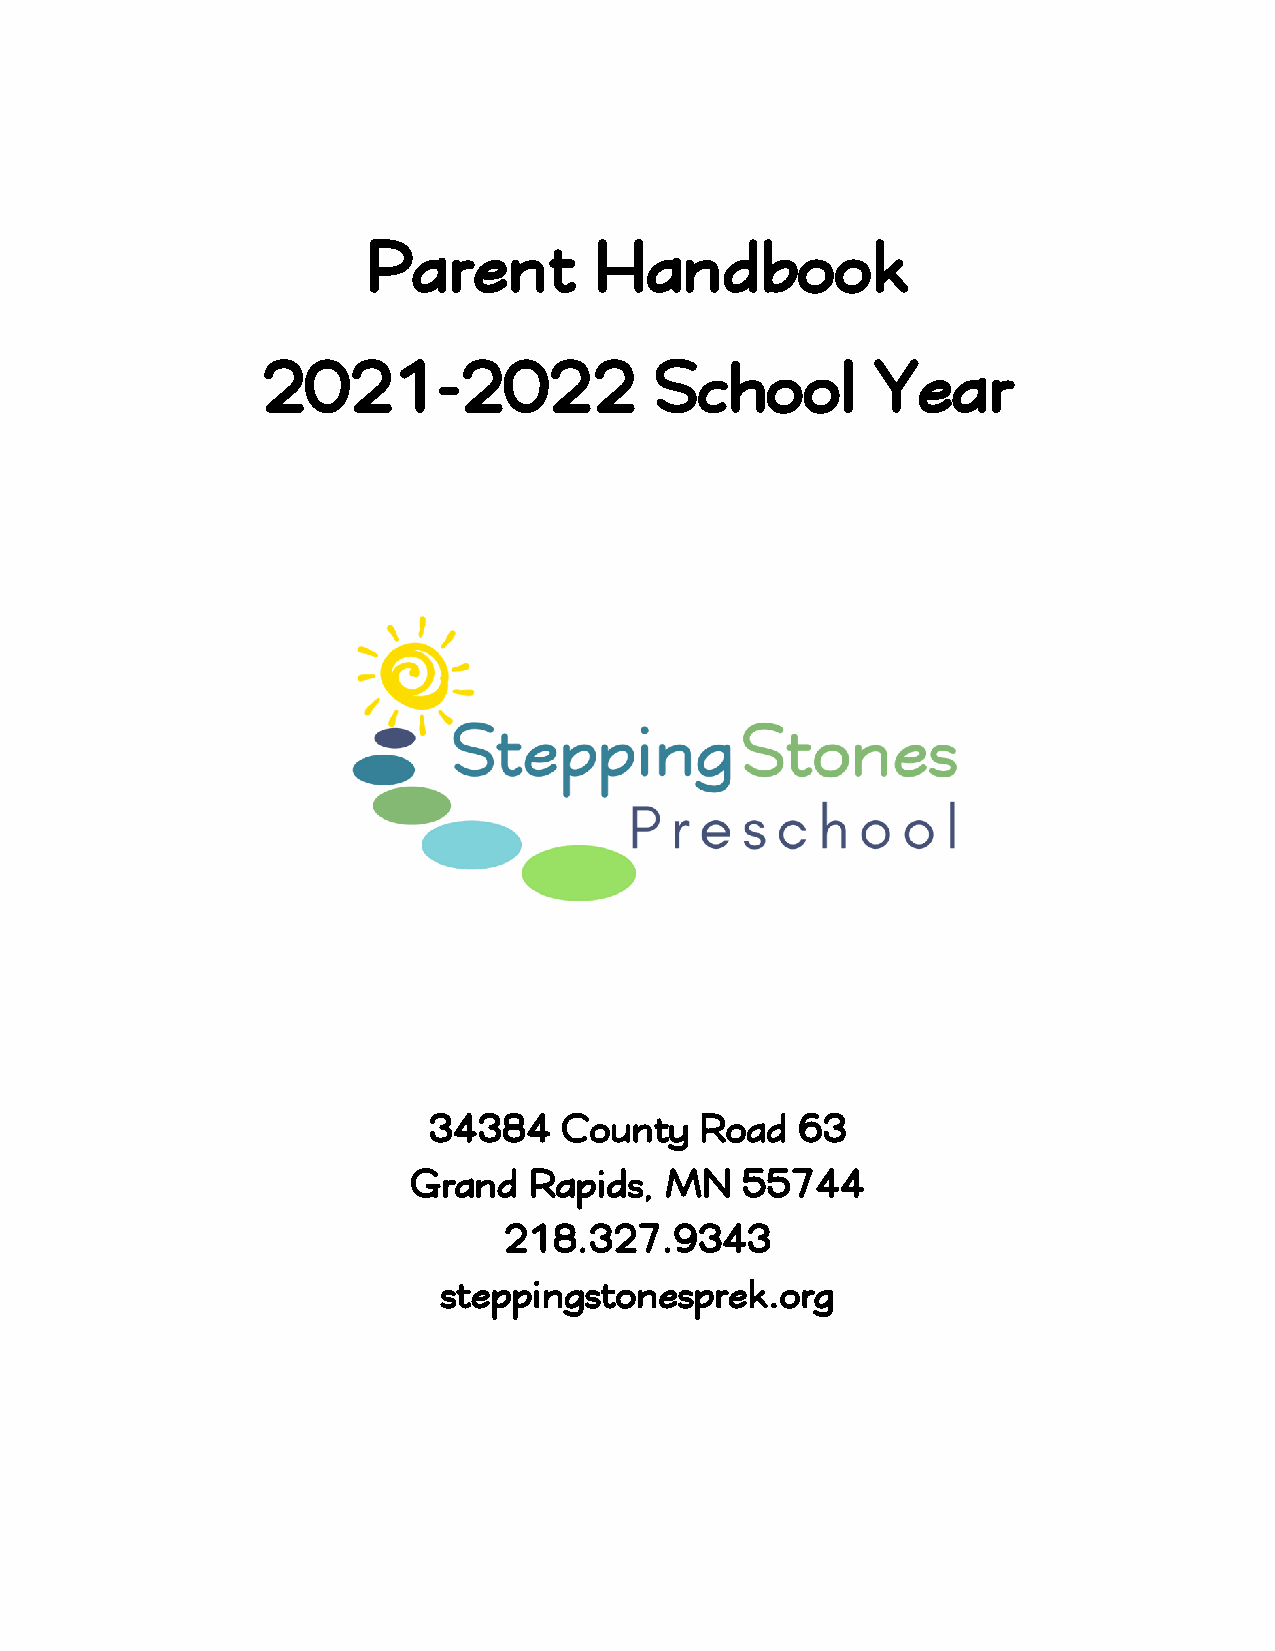
Parent         Handbook
 2021-2022                 School         Year
 34384    County   Road   63
 Grand   Rapids,  MN   55744
 218.327.9343
 steppingstonesprek.org